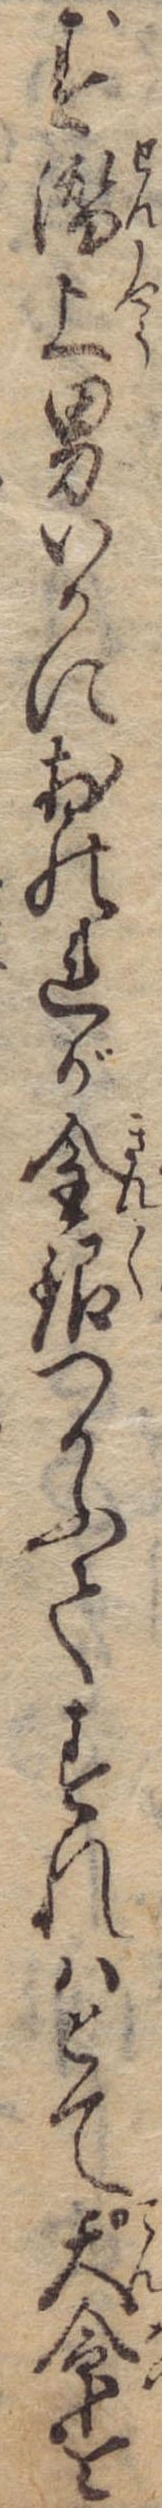
ず潜上男いかにおのれが金銀つかふてすれはとて天命を